Medical and sanitary report on the native army of Bombay for the year
Year: 1877
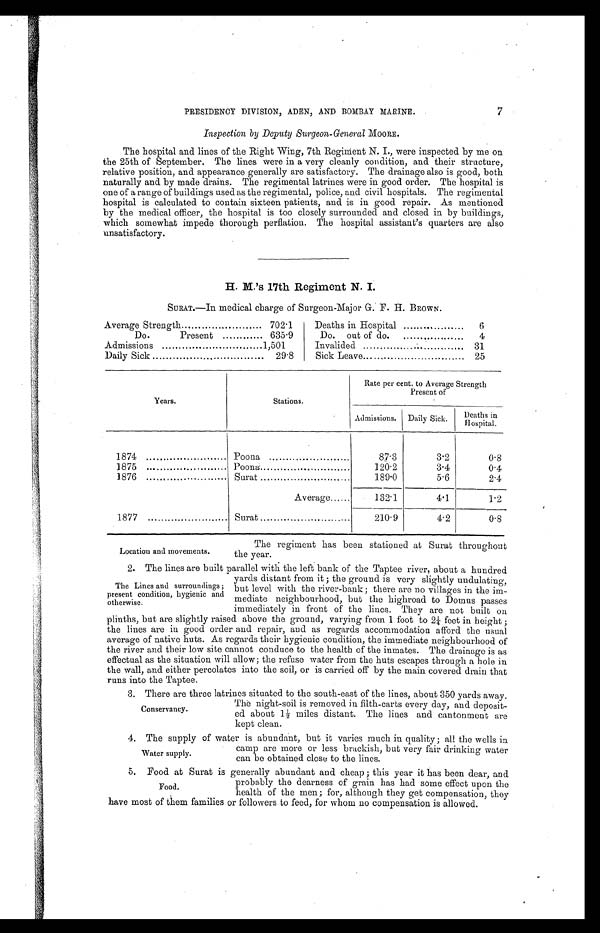
PRESIDENCY DIVISION, ADEN, AND BOMBAY MARINE.
7
Inspection by Deputy Surgeon-General MOORE.
The hospital and lines of the Right Wing, 7th Regiment N. I., were inspected by me on
the 25th of September. The lines were in a very cleanly condition, and their structure,
relative position, and appearance generally are satisfactory. The drainage also is good, both
naturally and by made drains. The regimental latrines were in good order. The hospital is
one of a range of buildings used as the regimental, police, and civil hospitals. The regimental
hospital is calculated to contain sixteen patients, and is in good repair. As mentioned
by the medical officer, the hospital is too closely surrounded and closed in by buildings,
which somewhat impede thorough perflation. The hospital assistant's quarters are also
unsatisfactory.
H. M.'s 17th Regiment N. I.
SURAT.—In medical charge of Surgeon-Major G. F. H. BROWN.
Average Strength
702.1
Deaths in Hospital
6
Do.
Present
635.9
Do. out of do.
4
Admissions
1,501
Invalided
31
Daily Sick
29.8
Sick Leave
25
Years.
Stations.
Rate per cent. to Average Strength
Present of
Admissions. Daily Sick.
Deat hs i n Hospi t al .
1874
Poona
8 7 . 3
3.2
0.8
1875
Poona
120.2
3.4
0 . 4
1876
Surat
1 8 9 . 0
5.6
2.4
Average
132.1
4.1
1.2
1877
Surat
2 1 0 . 9
4.2
0.8
Location and movements.
The regiment has been stationed at Surat throughout
the year.
2. The lines are built parallel with the left bank of the Taptee river, about a hundred
yards distant from it ; the ground is very slightly undulating,
but level with the river-bank ; there are no villages in the im-
mediate neighbourhood, but the highroad to Domus passes
immediately in front of the lines. They are not built on
plinths, but are slightly raised above the ground, varying from 1 foot to 2¼ feet in height ;
the lines are in good order and repair, and as regards accommodation afford the usual
average of native huts. As regards their hygienic condition, the immediate neighbourhood of
the river and their low site cannot conduce to the health of the inmates. The drainage is as
effectual as the situation will allow; the refuse water from the huts escapes through a hole in
the wall, and either percolates into the soil, or is carried off by the main covered drain that
runs into the Taptee.
3 . T h e r e a r e t h r e e l a t r i n e s
s i t u a t e d t o t h e s o u t h - e a s t o f t h e l i n e s , a b o u t 3 5 0y
a r d s a w a y .
The night-soil is removed in filth-carts every day, and deposit
- ed about 1½ miles distant. The lines and cantonment are
kept clean.
4. The supply of water is abundant, but it varies much in quality; all the wells in
camp are more or less brackish, but very fair drinking water
can be obtained close to the lines.
The Lines and surroundings
present condition, hygienic amd
otherwise.
Conservancy.
Water supply.
5. Food at Surat is generally abundant and cheap ; this year it has been dear, and
probably the dearness of grain has had some effect upon the
health of the men; for, although they get compensation, they
have most of them families or followers to feed, for whom no compensation is allowed.
Food.